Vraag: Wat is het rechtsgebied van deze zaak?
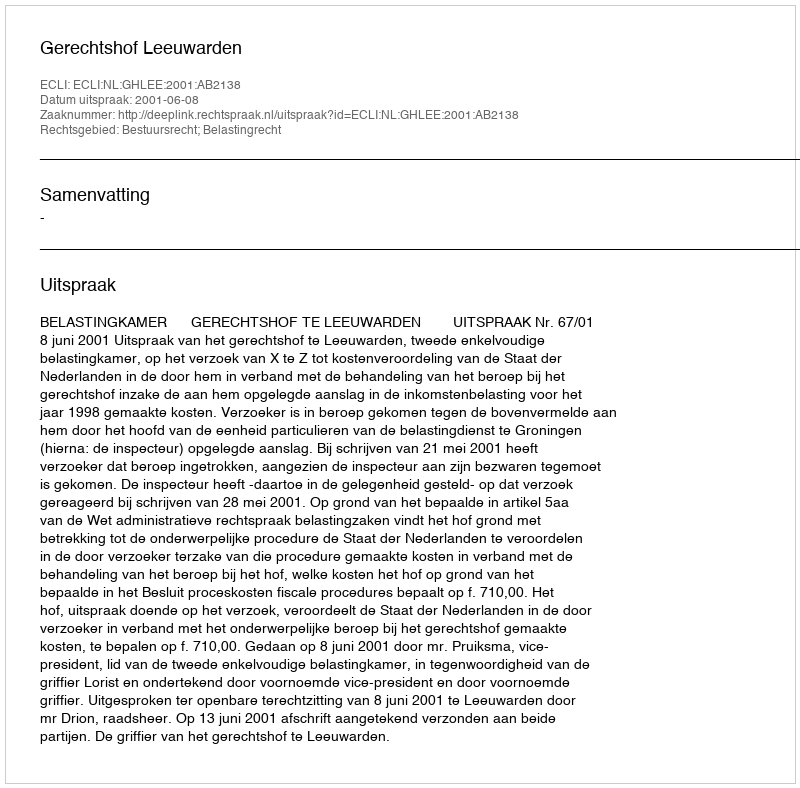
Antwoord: Bestuursrecht; Belastingrecht